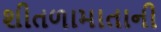
શીતળામાતાની